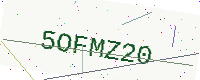
Text: 5OFMZ20